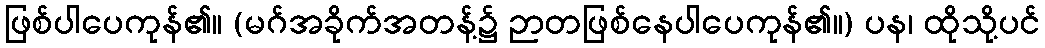
ဖြစ်ပါပေကုန်၏။ (မဂ်အခိုက်အတန့်၌ ဉာတဖြစ်နေပါပေကုန်၏။) ပန၊ ထိုသို့ပင်